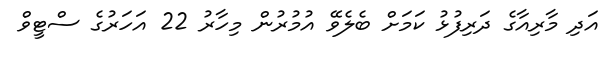
އަދި މާރިއާގެ ދަރިފުޅު ކަމަށް ބެލެވޭ އުމުރުން މިހާރު 22 އަހަރުގެ ސްޓީވް